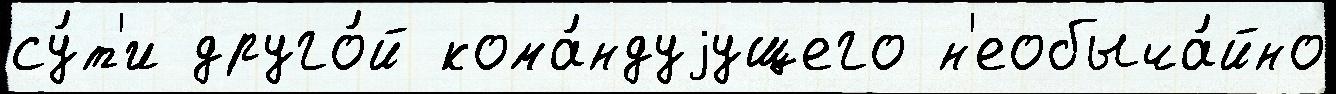
су́т'и друго́й кома́ндуjущего н'еобыча́йно